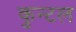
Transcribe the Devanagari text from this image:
कुन्टल